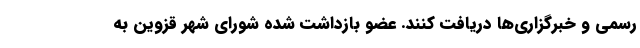
رسمی و خبرگزاری‌ها دریافت کنند. عضو بازداشت شده شورای شهر قزوین به